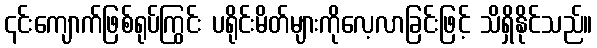
၎င်းကျောက်ဖြစ်ရုပ်ကြွင်း ပရိုင်းမိတ်များကိုလေ့လာခြင်းဖြင့် သိရှိနိုင်သည်။